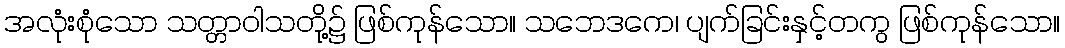
အလုံးစုံသော သတ္တာဝါသတို့၌ ဖြစ်ကုန်သော။ သဘေဒကေ၊ ပျက်ခြင်းနှင့်တကွ ဖြစ်ကုန်သော။